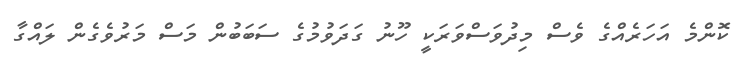
ކޮންމެ އަހަރެއްގެ ވެސް މިދުވަސްވަރަކީ ހޫނު ގަދަވުމުގެ ސަބަބުން މަސް މަރުވެގެން ލައްގާ